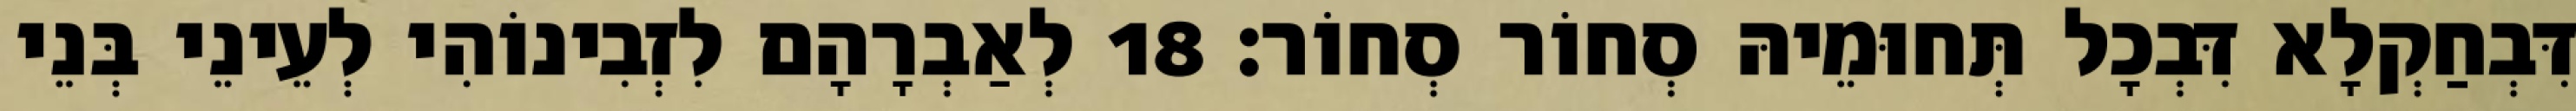
דִּבְחַקְלָא דִּבְכָל תְּחוּמֵיהּ סְחוֹר סְחוֹר׃ 18 לְאַבְרָהָם לִזְבִינוֹהִי לְעֵינֵי בְּנֵי